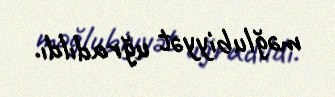
məğlubiyyət uğradıldı.